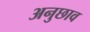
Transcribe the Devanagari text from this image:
अनुछाव